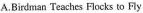
A.Birdman Teaches Flocks to Fly